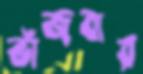
ভাঁজবার